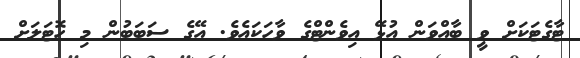
ޓާގެޓަކަށް ވީ ބާއްވަން އުޅޭ އިވެންޓްގެ ވާހަކައެވެ. އޭގެ ސަބަބުން މި ހޮޓަލަށް